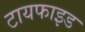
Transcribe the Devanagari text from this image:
टायफाइड